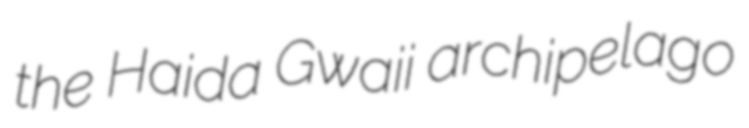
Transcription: the Haida Gwaii archipelago